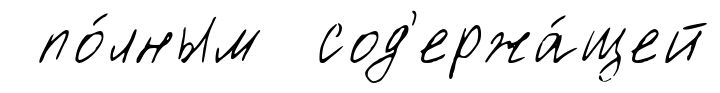
по́лным сод'ержа́щей